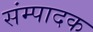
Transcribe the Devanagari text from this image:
संम्पादक